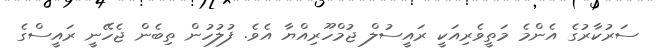
ސަރުކާރުގެ އެންމެ މަތީވެރިއަކީ ރައީސުލް ޖުމްހޫރިއްޔާ އެވެ. ފުލުހުން ތިބެން ޖެހޭނީ ރައީސްގެ